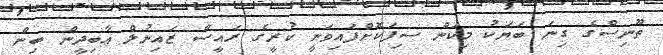
ތޫނިސްގެ ގިނަ ބަޔަކު މިކަން ސިފަކޮށްފައިވަނީ ކުރީގެ ރައީސް ޒައިނުލް ޢާބިދީން ބިން